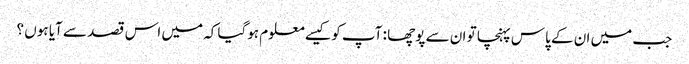
جب میں ان کے پاس پہنچا تو ان سے پوچھا : آپ کو کیسے معلوم ہوگیا کہ میں اس قصد سے آیا ہوں ؟